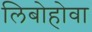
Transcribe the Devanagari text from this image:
लिबोहोवा